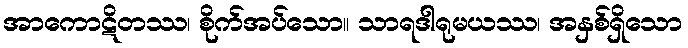
အာကောဋိတဿ၊ စိုက်အပ်သော။ သာရဒါရုမယဿ၊ အနှစ်ရှိသော